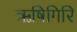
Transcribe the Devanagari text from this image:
ऋषिगिरि